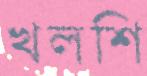
খলশি